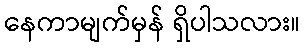
နေကာမျက်မှန် ရှိပါသလား။